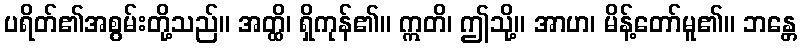
ပရိတ်၏အစွမ်းတို့သည်။ အတ္ထိ၊ ရှိကုန်၏။ ဣတိ၊ ဤသို့။ အာဟ၊ မိန့်တော်မူ၏။ ဘန္တေ